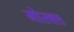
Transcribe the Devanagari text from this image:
मोस्क्स